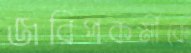
জরিপকর্মীকে